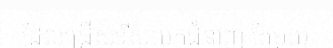
ដែលជ្រើសរើសយកជំនាញ តែមួយ